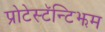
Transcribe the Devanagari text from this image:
प्रोटेस्टॅन्टिझम